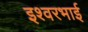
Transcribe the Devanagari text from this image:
इश्वरभाई